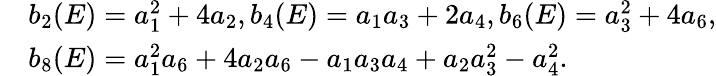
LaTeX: \begin{array}{rl}&{b_{2}(E)=a_{1}^{2}+4a_{2},b_{4}(E)=a_{1}a_{3}+2a_{4},b_{6}(E)=a_{3}^{2}+4a_{6},}\\ &{b_{8}(E)=a_{1}^{2}a_{6}+4a_{2}a_{6}-a_{1}a_{3}a_{4}+a_{2}a_{3}^{2}-a_{4}^{2}.}\end{array}